Madras plague regulations in force outside the Presidency town - Volume 1
Disease focus: Plague
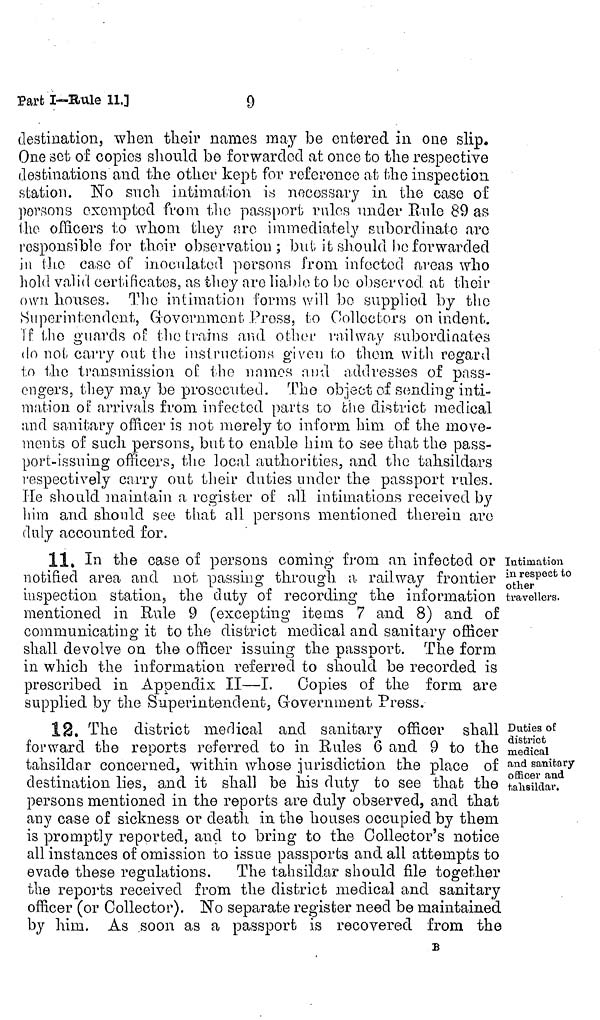
9
Part I—Rule 11,]
destination, when their names may be entered in one slip.
One set of copies should be forwarded at once to the respective
destinations and the other kept for reference at the inspection
station. No such intimation is necessary in the case of
persons exempted from the passport rules under Rule 89 as
the officers to whom they arc immediately subordinate arc
responsible for their observation; but it should he forwarded
in the case of inoculated persons from infected areas who
hold valid certificates, as they are liable to be observed at their
own houses. The intimation forms will bo supplied by the
Superintendent, Government Press, to Collectors on indent,
if the guards of the trains and other railway subordinates
do not carry out the instructions given to them with regard
to the transmission oí: the names and addresses of pass-
engers, they may be prosecuted. The object of sending inti-
mation oí: arrivals from infected parts to che district medical
und sanitary officer is not merely to inform him of the move-
ments of such persons, but to enable him to see that the pass-
port-issuing officers, the local authorities, and the tahsildars
respectively carry out their duties under the passport rules.
He should maintain a register of all intimations received by
him and should see that all persons mentioned therein are
duly accounted for.
Intimation
in respect to
other
travellers.
11, In the case of persons coming from an infected or
notified area and not passing through a railway frontier
inspection station, the duty of recording the information
mentioned in Rule 9 (excepting items 7 and 8) and of
communicating it to the district medical and sanitary officer
shall devolve on the officer issuing the passport. The form
in which the information referred to should be recorded is
prescribed in Appendix II—I. Copies of the form are
supplied by the Superintendent, Government Press.
Duties of
district
medical
and sanitary
officer and
tahsildar.
12. The district medical and sanitary officer shall
forward the reports referred to in Rules 6 and 9 to the
tahsildar concerned, within whose jurisdiction the place of
destination lies, and it shall be his duty to see that the
persons mentioned in the reports are duly observed, and that
any case of sickness or death in the houses occupied by them
is promptly reported, and to bring to the Collector's notice
all instances of omission to issue passports and all attempts to
evade these regulations.
The tahsildar should file together
the reports received from the district medical and sanitary
officer (or Collector). No separate register need be maintained
by him. As soon as a passport is recovered from the